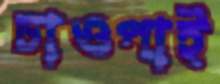
চাওপাই